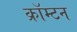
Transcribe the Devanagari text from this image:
क्रॉम्टन